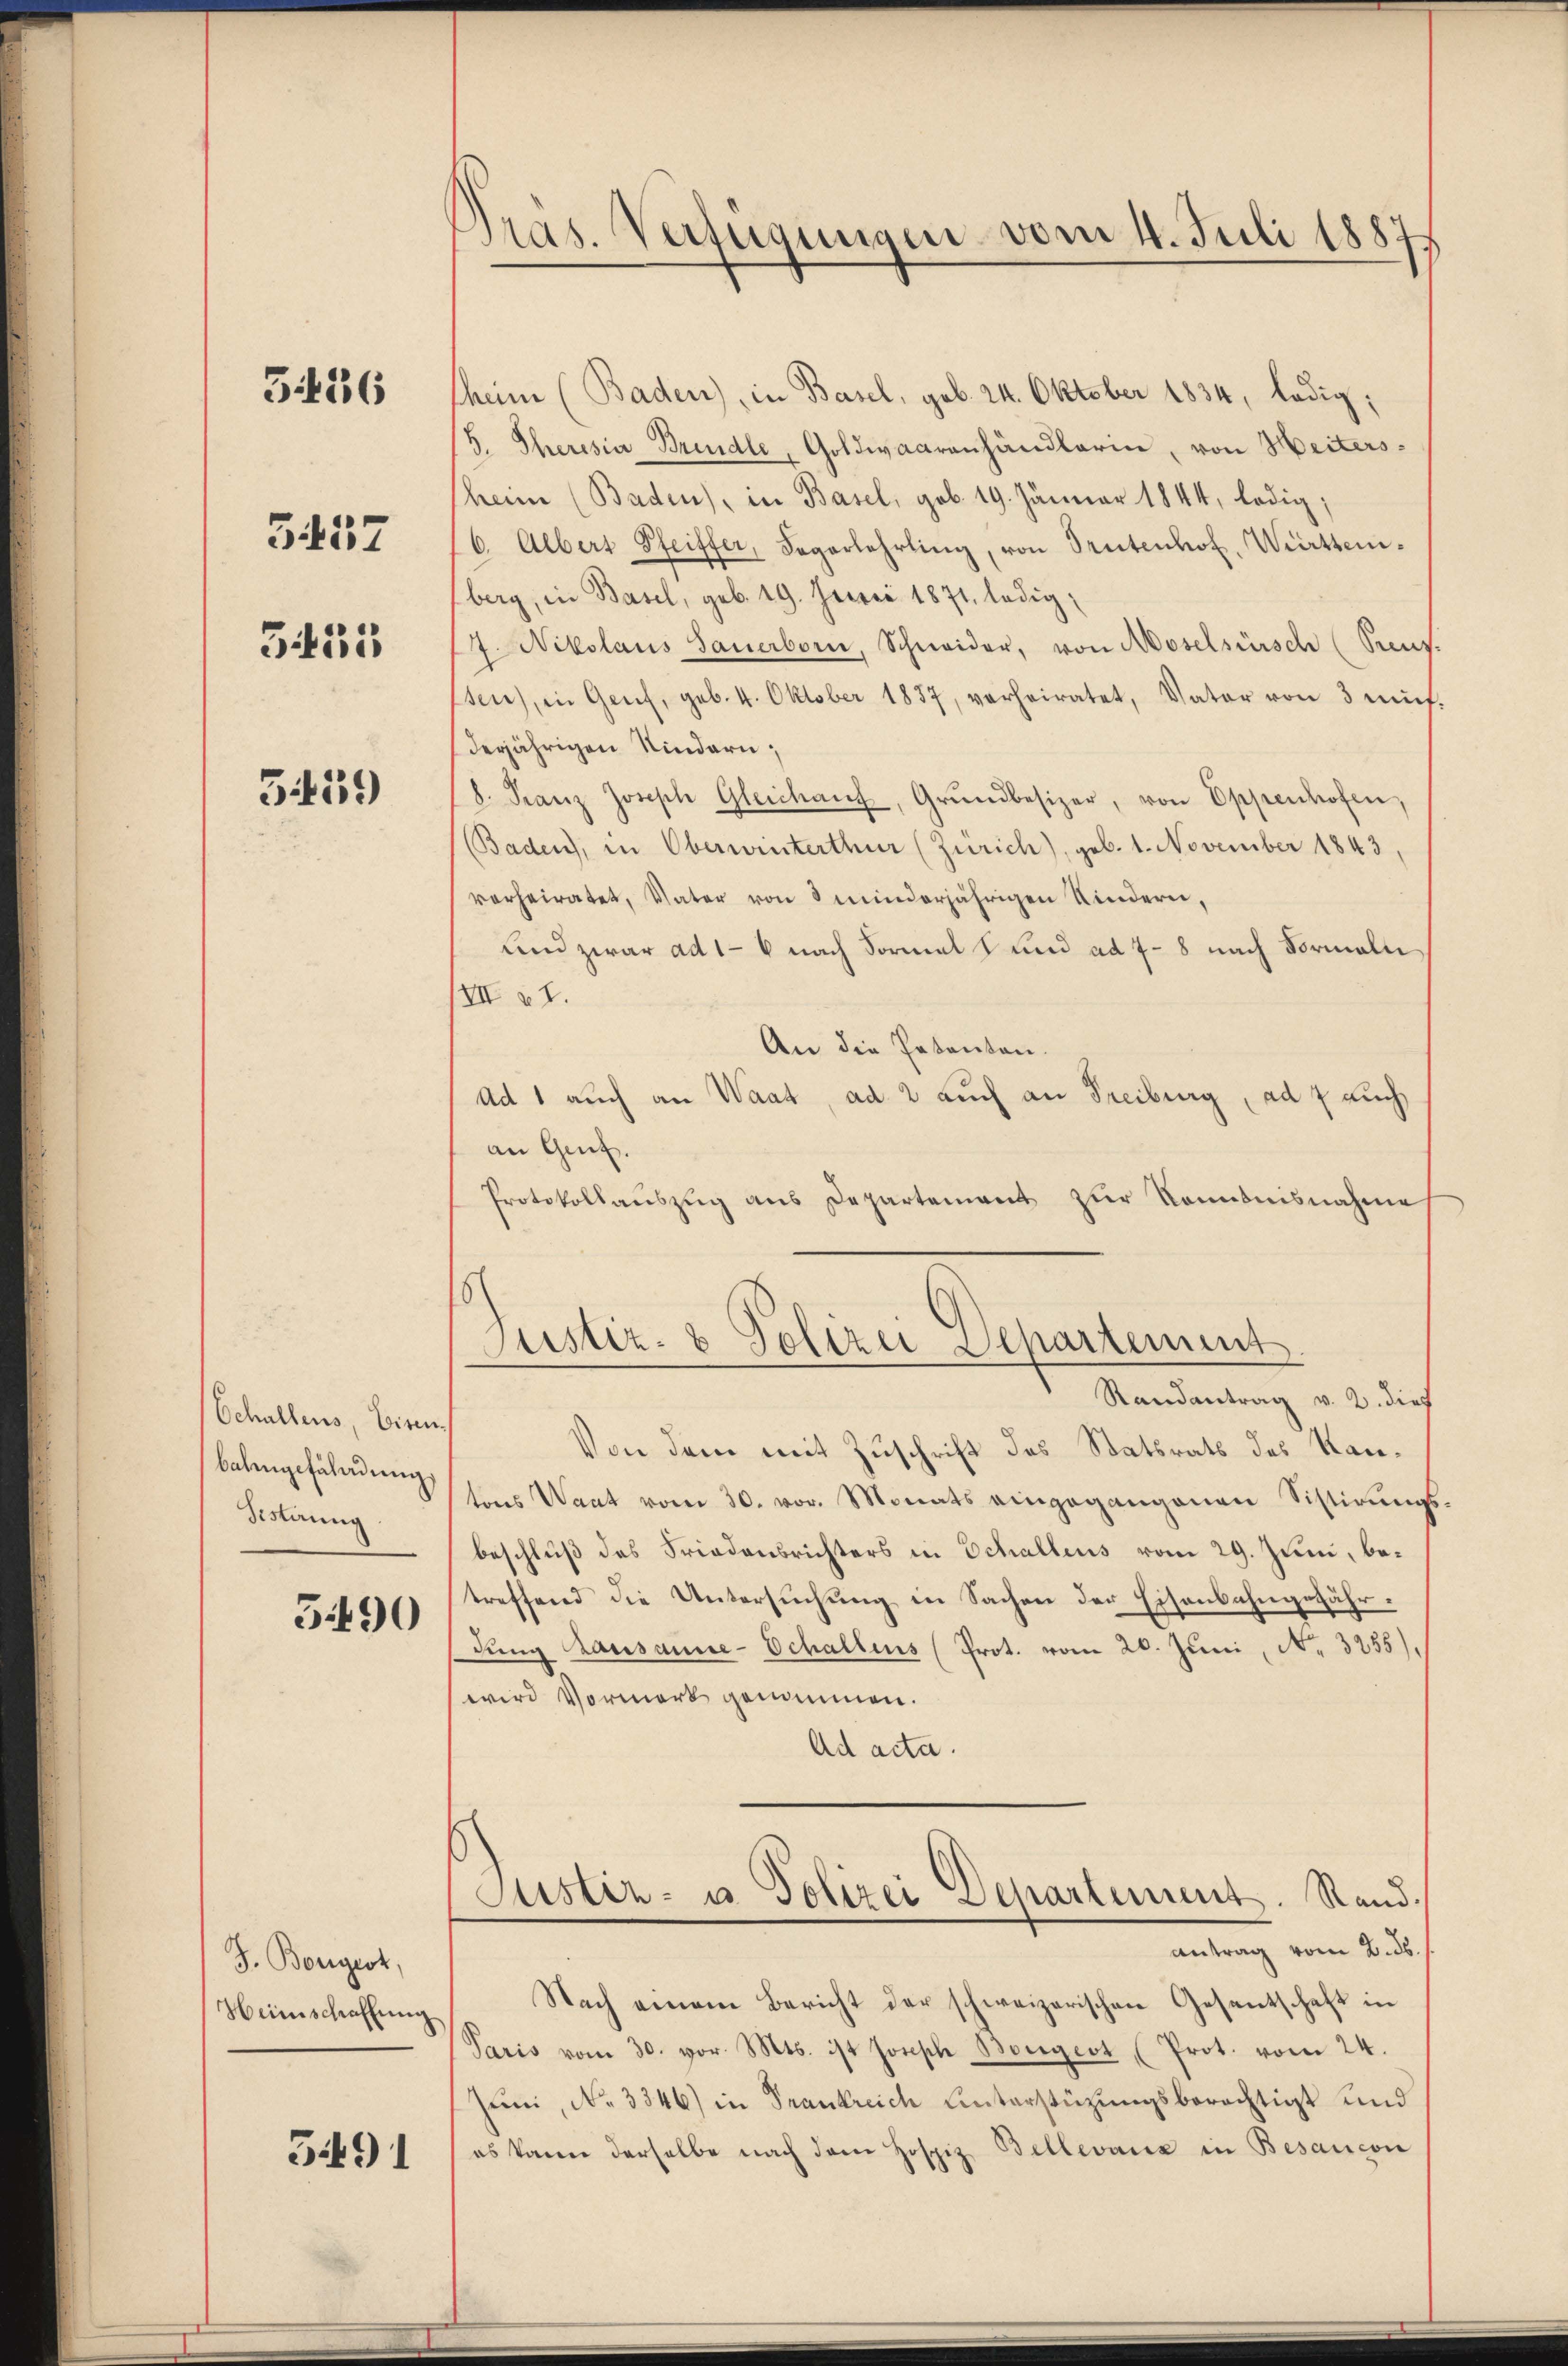
536

3457

343i

359

Schallens, Eisen.
bahngefährdung
Festerung

5490

J. Borgest,
Heimschaffung

5491

Pras. Verfügungen vom 4. Juli 1887

theim (Baden), in Basel, geb. 24. Oktober 1834, ledig;
5. Theresia Brandle, Goldwaarenhändlerin, von Heitersheim (Baden), in Basel, geb. 19. Jänner 1844, ledig,
6. Albert Pfeiffer, Sagerlehrling, von Trutenhof, Württemberg, in Basel, geb. 19. Junii 1871, ledig
17. Nikolaus Sauerborn, Schneider, von Moselsürsch (Preus.
sen), in Genf, geb. 4. Oktober 1857, verheiratet, Vater von 3 mŭf-
derjährigen Kindern;
8. Franz Joseph Gleichaŭf, Grŭndbesizer, von Eppenhofen,
(Baden, in Oberwinterthur (Zürich), geb. 1. November 1843,
verheiratet, Vater von 3 minderjährigen Kindern,
und zwar ad 1 - 6 nach Formals und ad 7-8 nach Formali
XII 27.
An die Patenten.
Ad 1 auch an Waat, ad 2 auch an Freiburg, ad 7 auch
an Genf.
Protokollaŭszŭg ans Departement zŭr Kenntnisnahme
Justiz- & Polizei Departement
Randantrag v. 2. dief
Von dem mit Zuschrift des Statsrats des Kantons Waat vom 30. vor. Monats eingegangenen Sistirungsbeschluß des Friedensrichters in Schallens vom 29. Juni, betreffend die Untersuchung in Sachen der Eisenbahngefährdung Lausanne-Schaltens (Prot. vom 20. Juni, No. 3255),
wird Vormerk genommen.
Ad acta.
Justiz- u. Polizei Departement. Stand.
antrag vom 2. ds.
Nach einem Bericht der schweizerischen Gesentschaft in
Paris vom 30. vor. Mts. ist Joseph Bougert (Prot. vom 24.
Juni, No. 3346) in Frankreich Unterstüzungsberechtigt und
es kann derselbe nach dem Hospiz Bellevanz in Besaucon